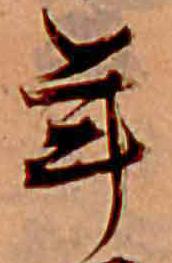
年